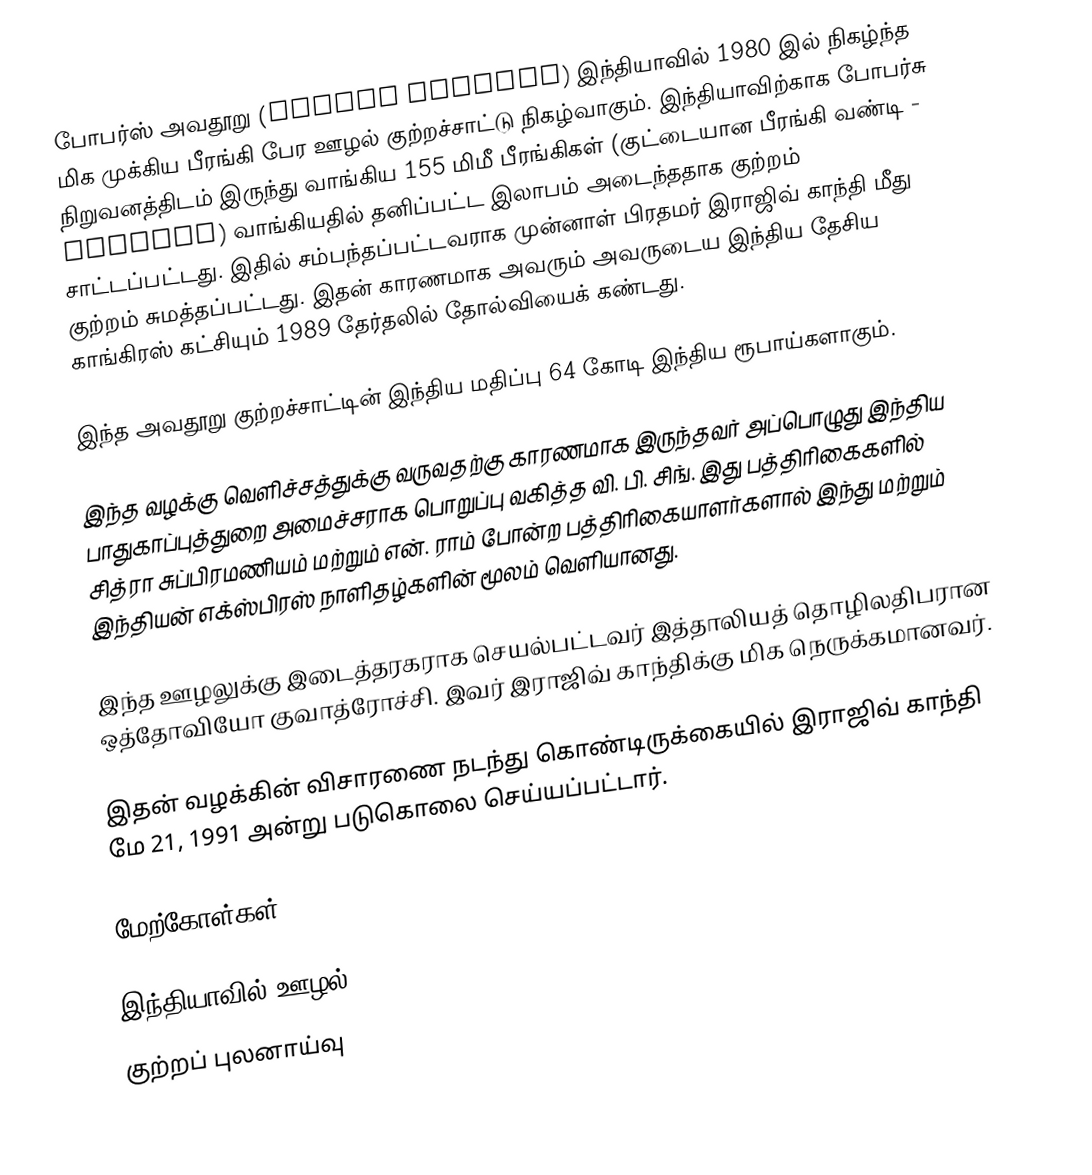
போபர்ஸ் அவதூறு (Bofors Scandal) இந்தியாவில் 1980 இல் நிகழ்ந்த மிக முக்கிய பீரங்கி பேர ஊழல் குற்றச்சாட்டு நிகழ்வாகும். இந்தியாவிற்காக போபர்சு நிறுவனத்திடம் இருந்து வாங்கிய 155 மிமீ  பீரங்கிகள் (குட்டையான பீரங்கி வண்டி - howtzer) வாங்கியதில் தனிப்பட்ட இலாபம் அடைந்ததாக குற்றம் சாட்டப்பட்டது. இதில் சம்பந்தப்பட்டவராக முன்னாள் பிரதமர் இராஜிவ் காந்தி மீது குற்றம் சுமத்தப்பட்டது. இதன் காரணமாக அவரும் அவருடைய இந்திய தேசிய காங்கிரஸ் கட்சியும் 1989 தேர்தலில் தோல்வியைக் கண்டது.

இந்த அவதூறு குற்றச்சாட்டின் இந்திய மதிப்பு 64 கோடி இந்திய ரூபாய்களாகும்.

இந்த வழக்கு வெளிச்சத்துக்கு வருவதற்கு காரணமாக இருந்தவர் அப்பொழுது இந்திய பாதுகாப்புத்துறை அமைச்சராக பொறுப்பு வகித்த வி. பி. சிங். இது பத்திரிகைகளில் சித்ரா சுப்பிரமணியம் மற்றும் என். ராம் போன்ற பத்திரிகையாளர்களால்  இந்து மற்றும் இந்தியன் எக்ஸ்பிரஸ் நாளிதழ்களின் மூலம் வெளியானது.

இந்த ஊழலுக்கு இடைத்தரகராக செயல்பட்டவர் இத்தாலியத் தொழிலதிபரான ஒத்தோவியோ குவாத்ரோச்சி. இவர் இராஜிவ் காந்திக்கு மிக நெருக்கமானவர்.

இதன் வழக்கின் விசாரணை நடந்து கொண்டிருக்கையில் இராஜிவ் காந்தி மே 21, 1991 அன்று படுகொலை செய்யப்பட்டார்.

மேற்கோள்கள்

இந்தியாவில் ஊழல்
குற்றப் புலனாய்வு